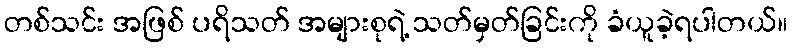
တစ်သင်း အဖြစ် ပရိသတ် အများစုရဲ့ သတ်မှတ်ခြင်းကို ခံယူခဲ့ရပါတယ်။